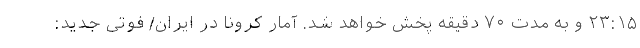
۲۳:۱۵ و به مدت ۷۰ دقیقه پخش خواهد شد. آمار کرونا در ایران/ فوتی جدید: